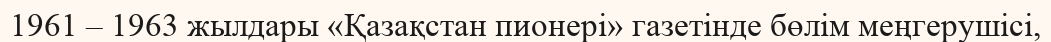
1961 – 1963 жылдары «Қазақстан пионері» газетінде бөлім меңгерушісі,